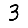
Digit: 3